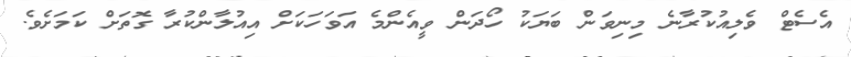
އެސެޓް ވެލިއުކުރާނެ މިނިވަން ބަޔަކު ހޯދަން ވީއެންމެ އަވަހަކަށް އިއުލާންކުރާ ގޮތަށް ކަމަށެވެ.